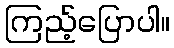
ကြည့်ပြောပါ။